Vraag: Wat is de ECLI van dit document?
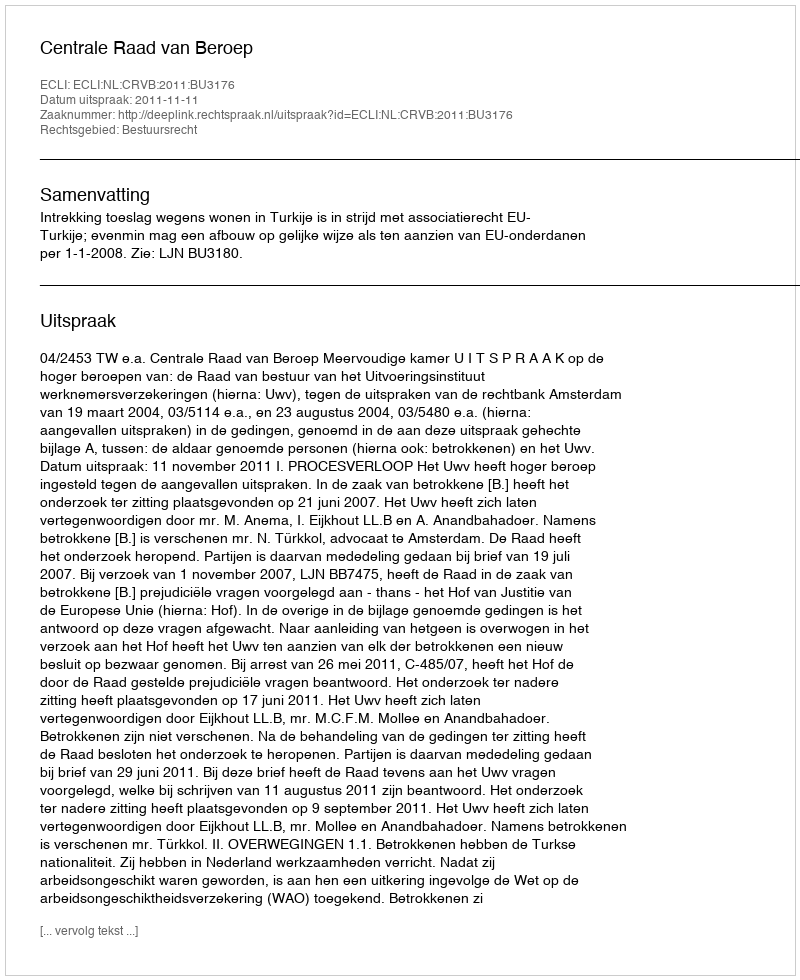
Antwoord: ECLI:NL:CRVB:2011:BU3176